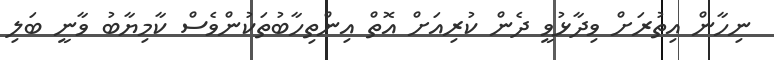
ނިހާން އިތުރަށް ވިދާޅުވީ ދެން ކުރިއަށް އޮތް އިންތިހާބުތަކުންވެސް ކާމިޔާބު ވާނީ ބަލި